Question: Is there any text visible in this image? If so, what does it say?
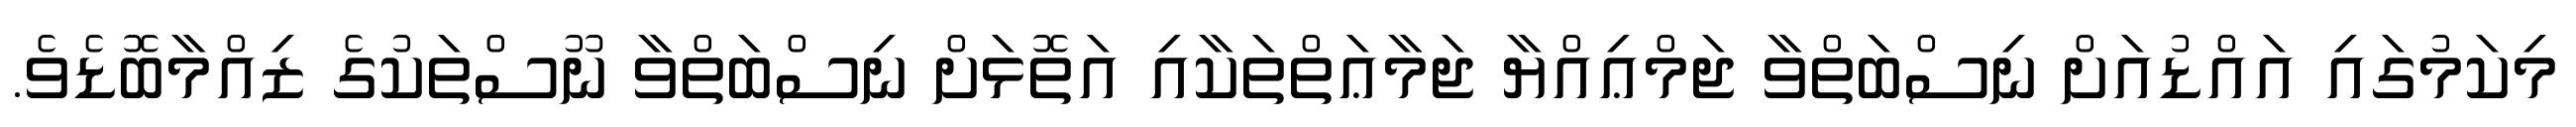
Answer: މިކަމުގައި އައްޑުއަށް ނިސްބަތްވާ ޖަމްޢިއްޔާ ޖަމާޢަތްތަކާއި އަތޮޅަށް ނިސްބަތްވާ ނޫސްތަކުގެ ޒިއްމާބޮޑެވެ.